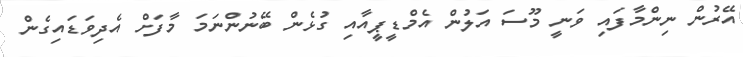
އޭރުން ނިންމާފައި ވަނީ މޫސަ އަލުން އެމްޑީޕީއާއި ގުޅެން ބޭނުންނަމަ މާފަށް އެދިވަޑައިގެން